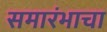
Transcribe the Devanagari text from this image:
समारंभाचा